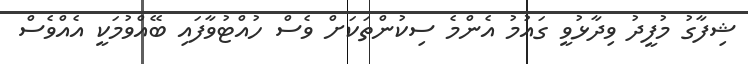
ޝިފާގު މުފީދު ވިދާޅުވީ ގައުމު އެންމެ ސިކުންތަކަށް ވެސް ހުއްޓުވާފައި ބޭއްވުމަކީ އެއްވެސް